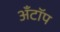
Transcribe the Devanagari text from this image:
अँटॉप